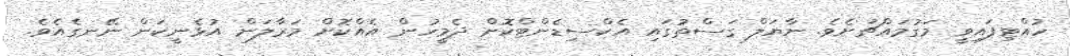
ހުއްޓިފައިވީ މަގުމައްޗަށެވެ. ނާޔަލް ގަސްތުގައި އެކްސިޑެންޓްކޮށް ދެމީހުން އެއްކޮށް މަރާލަން އުޅެނީކަން ނޭނގެއެވެ.